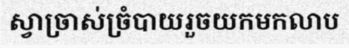
ស្វាច្រាស់ច្រំបាយរួចយកមកលាប